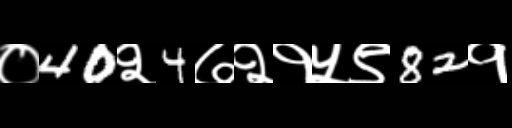
Text: ०40२4७२१५९82१